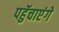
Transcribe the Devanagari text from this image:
पहुॅचाएंगे